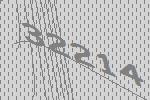
32214